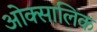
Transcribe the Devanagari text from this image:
ओक्सालिक